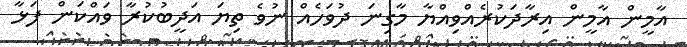
އާމީން އާމީން އިރާދަކުރެއްވިއްޔާ މާގިނަ ދުވަހެއް ނުވެ ތިޔަ އަދީބުކުރާ ވައްކަން ފަޅާ